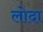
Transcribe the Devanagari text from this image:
लोदा